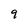
Character: 9